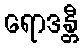
ရောဒန္တီ